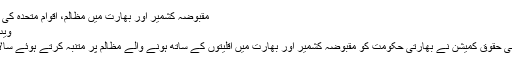
مقبوضہ کشمیر اور بھارت میں مظالم، اقوام متحدہ کی مودی سرکار کو وارننگ
ویب ڈیسک 6 مارچ 2019
نیویارک: اقوام متحدہ انسانی حقوق کمیشن نے بھارتی حکومت کو مقبوضہ کشمیر اور بھارت میں اقلیتوں کے ساتھ ہونے والے مظالم پر متنبہ کرتے ہوئے سالانہ رپورٹ جاری کردی۔